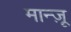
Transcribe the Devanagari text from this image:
मान्ज़ू